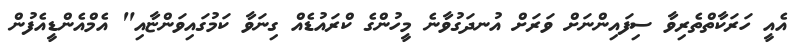
އެއީ ހަރަކާތްތެރިވާ ސިފައިންނަށް ވަރަށް އުނދަގުވާނެ މީހުންގެ ކްރައުޑެއް ގިނަވާ ކަމުގައިވަންޏާއި" އެމްއެންޑީއެފުން